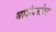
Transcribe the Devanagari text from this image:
भाऊंबरोबर